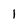
Character: 1